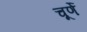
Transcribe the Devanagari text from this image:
चूर्णे